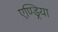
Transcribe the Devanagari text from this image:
एण्ड्रिया